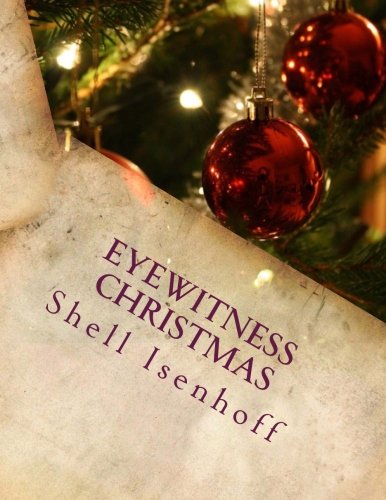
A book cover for Eyewitness Christmas; Shell Isenhoff; Literature & Fiction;